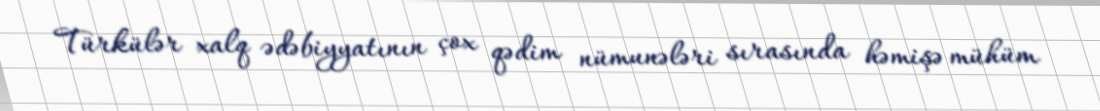
Türkülər xalq ədəbiyyatının çox qədim nümunələri sırasında həmişə mühüm